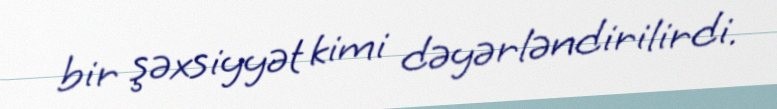
bir şəxsiyyət kimi dəyərləndirilirdi.